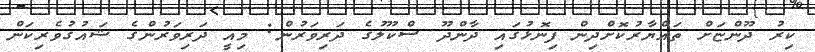
ކިރު ދޫންޏަށް ތައްޔާރުކޮށްދިން ފިނޮޅުގައި ދާންދޫ ސްކޫލުގެ ދަރިވަރުން: މިއީ ދަރިވަރުންގެ ޝައުގުވެރިކަން